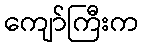
ကျော်ကြီးက